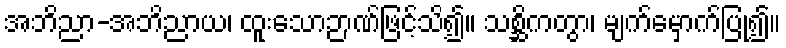
အဘိညာ-အဘိညာယ၊ ထူးသောဉာဏ်ဖြင့်သိ၍။ သစ္ဆိကတွာ၊ မျက်မှောက်ပြု၍။